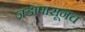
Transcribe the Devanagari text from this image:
जडापासूनच